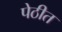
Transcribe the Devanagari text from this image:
पेठीत